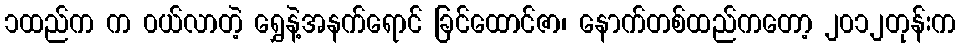
၁ထည်က က ၀ယ်လာတဲ့ ရွှေနဲ့အနက်ရောင် ခြင်ထောင်ဇာ၊ နောက်တစ်ထည်ကတော့ ၂၀၁၂တုန်းက